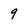
Character: 9